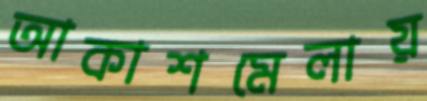
আকাশমেলায়